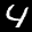
Label: 4